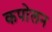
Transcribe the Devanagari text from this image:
कपोलन